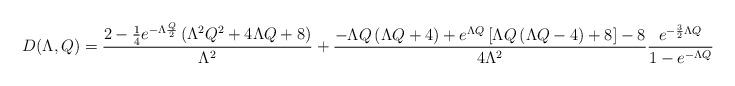
LaTeX: \begin{align*}D(\Lambda,Q) = \frac{2-\frac{1}{4}e^{-\Lambda \frac{Q}{2}} \left( \Lambda^2 Q^2 + 4\Lambda Q + 8 \right)}{\Lambda^2}&+ \frac{-\Lambda Q \left( \Lambda Q +4 \right) + e^{\Lambda Q} \left[ \Lambda Q \left( \Lambda Q -4 \right) +8 \right] -8}{4\Lambda^2} \frac{e^{-\frac{3}{2}\Lambda Q}}{1-e^{-\Lambda Q}}\end{align*}